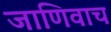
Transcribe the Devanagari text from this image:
जाणिवाच